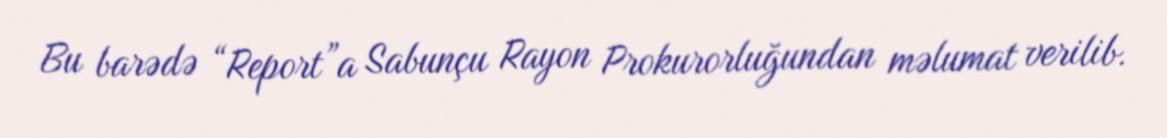
Bu barədə “Report”a Sabunçu Rayon Prokurorluğundan məlumat verilib.